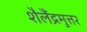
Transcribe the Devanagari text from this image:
शैलैंद्रमुत्तर